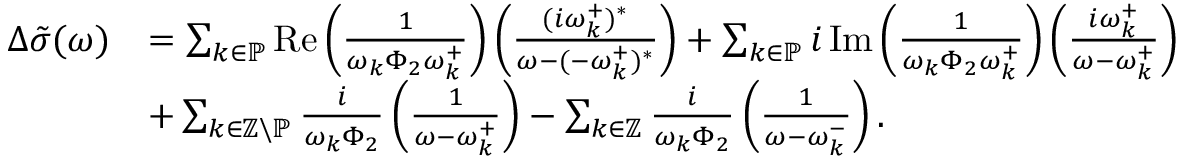
\begin{array} { r l } { \Delta \tilde { \sigma } ( \omega ) } & { = \sum _ { k \in \mathbb { P } } \operatorname { R e } \left( \frac { 1 } { \omega _ { k } \Phi _ { 2 } \omega _ { k } ^ { + } } \right) \left( \frac { ( i \omega _ { k } ^ { + } ) ^ { * } } { \omega - ( - \omega _ { k } ^ { + } ) ^ { * } } \right) + \sum _ { k \in \mathbb { P } } i \operatorname { I m } \left( \frac { 1 } { \omega _ { k } \Phi _ { 2 } \omega _ { k } ^ { + } } \right) \left( \frac { i \omega _ { k } ^ { + } } { \omega - \omega _ { k } ^ { + } } \right) } \\ & { + \sum _ { k \in \mathbb { Z } \backslash \mathbb { P } } \frac { i } { \omega _ { k } \Phi _ { 2 } } \left( \frac { 1 } { \omega - \omega _ { k } ^ { + } } \right) - \sum _ { k \in \mathbb { Z } } \frac { i } { \omega _ { k } \Phi _ { 2 } } \left( \frac { 1 } { \omega - \omega _ { k } ^ { - } } \right) . } \end{array}